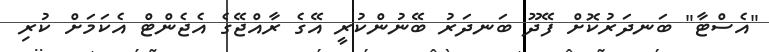
"އެސްޓާ" ބަނދަރުކޮށް ފޭދޫ ބަނދަރު ބޭނުންކުރީ އޭގެ ރާއްޖޭގެ އެޖެންޓް އެކަމަށް ކުރި